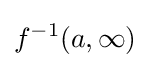
f^{-1}(a,\infty )